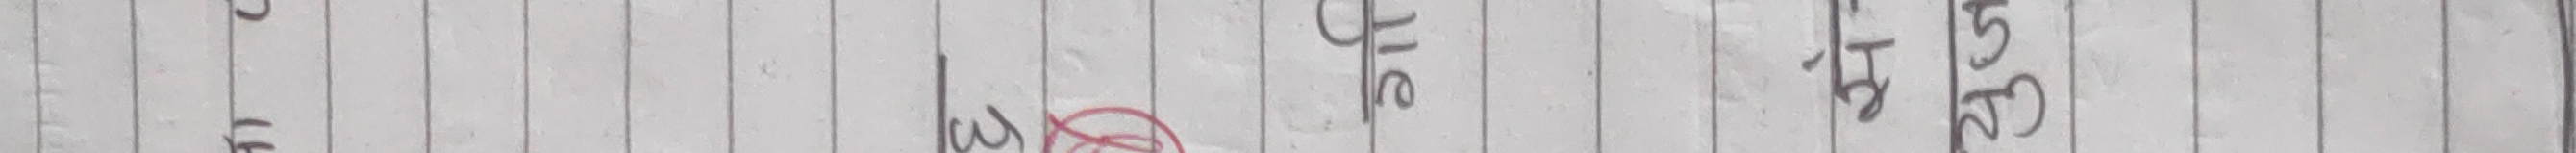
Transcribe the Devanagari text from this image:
नेटि सु के ३ पुले मिरा इलाज